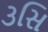
૩સિ